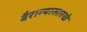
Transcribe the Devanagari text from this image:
बैराग्यासारखे